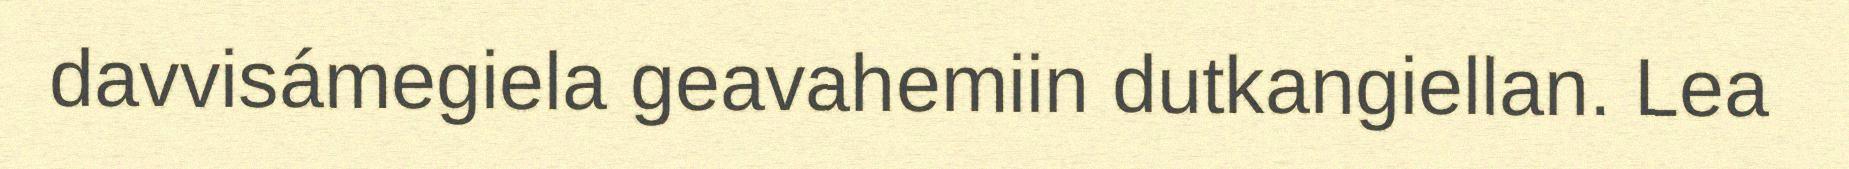
davvisámegiela geavahemiin dutkangiellan. Lea